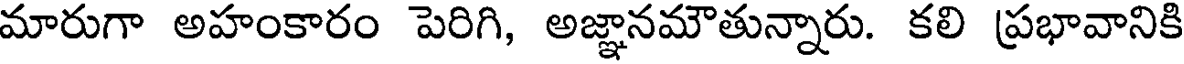
మారుగా అహంకారం పెరిగి, అజ్ఞానమౌతున్నారు. కలి ప్రభావానికి